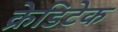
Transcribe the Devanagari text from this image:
क्रेडिटेक